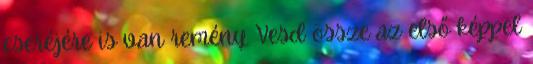
cseréjére is van remény. Vesd össze az első képpel